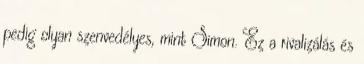
pedig olyan szenvedélyes, mint Simon. Ez a rivalizálás és